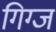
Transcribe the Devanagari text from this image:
गिग्ज